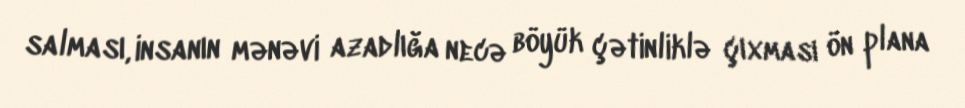
salması, insanın mənəvi azadlığa necə böyük çətinliklə çıxması ön plana